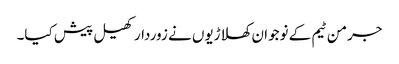
جرمن ٹیم کے نوجوان کھلاڑیوں نے زوردار کھیل پیش کیا۔